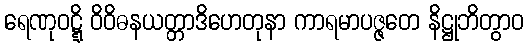
ရေဏုဝဋ္ဋိ ဝိဝိဓနယတ္တာဒိဟေတုနာ ကာရမာပဇ္ဇတေ နိဋ္ဌုဘိတွာဝ